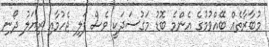
މުބާރާތެއް ބޭއްވުމުގެ އެންމެ ބޮޑު މަގުސަދަކީ ވެސް ފަލި ޖެހުމާއި ރިޔަލު ދޯނި